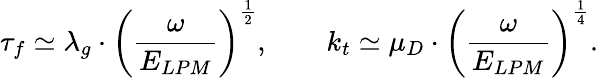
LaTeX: \tau_{f}\simeq\lambda_{g}\cdot\left(\frac{\omega}{E_{LPM}}\right)^{\frac 12},\qquad k_{t}\simeq\mu_{D}\cdot\left(\frac{\omega}{E_{LPM}}\right)^{\frac 14}.